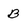
Character: B